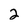
Character: 2